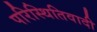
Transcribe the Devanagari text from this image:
परिस्थितिवादी